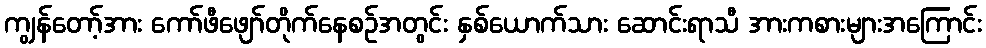
ကျွန်တော့်အား ကော်ဖီဖျော်တိုက်နေစဉ်အတွင်း နှစ်ယောက်သား ဆောင်းရာသီ အားကစားများအကြောင်း